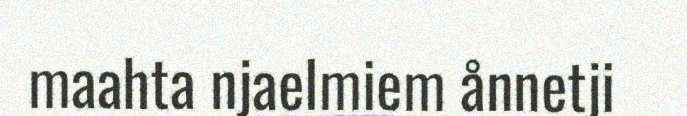
maahta njaelmiem ånnetji